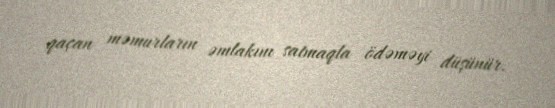
qaçan məmurların əmlakını satmaqla ödəməyi düşünür.